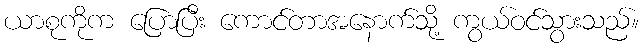
ယာစုကိုက ပြောပြီး ကောင်တာအနောက်သို့ ကွယ်ဝင်သွားသည်။